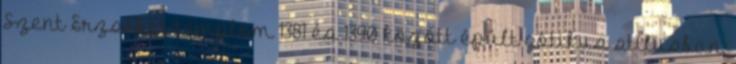
Szent Erzsébet-templom 1381 és 1390 között épült gótikus stílusban,